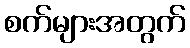
စက်များအတွက်